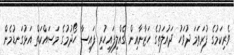
ވެރިކަމުގެ ފުރަތަމަ ދުވަހު ދައުލަތުގެ ހަޒާނާއިން ގެއްލިފައިހުރި ފައިސާ ހޯދުމުގެ މަސައްކަތް އަޅުގަނޑުމެން